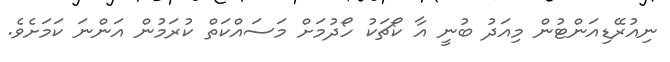
ނިއުރޭޑިއަންޓުން މިއަދު ބުނީ އާ ކޯޗަކު ހޯދުމަށް މަސައްކަތް ކުރަމުން އަންނަ ކަމަށެވެ.